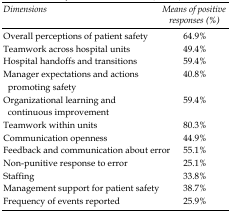
| Dimensions | Means of positive responses (%) |
 | --- | --- |
 | Overall perceptions of patient safety | 64.9% |
 | Teamwork across hospital units | 49.4% |
 | Hospital handoffs and transitions | 59.4% |
 | Manager expectations and actions promoting safety | 40.8% |
 | Organizational learning and continuous improvement | 59.4% |
 | Teamwork within units | 80.3% |
 | Communication openness | 44.9% |
 | Feedback and communication about error | 55.1% |
 | Non-punitive response to error | 25.1% |
 | Staffing | 33.8% |
 | Management support for patient safety | 38.7% |
 | Frequency of events reported | 25.9% |